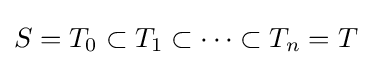
S=T_{0}\subset T_{1}\subset \cdots \subset T_{n}=T